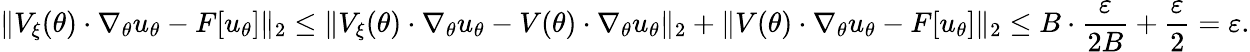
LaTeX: \| V_{\xi}(\theta)\cdot\nabla_{\theta}u_{\theta}-F[u_{\theta}]\| _{2}\le\| V_{\xi}(\theta)\cdot\nabla_{\theta}u_{\theta}-V(\theta)\cdot\nabla_{\theta}u_{\theta}\| _{2}+\| V(\theta)\cdot\nabla_{\theta}u_{\theta}-F[u_{\theta}]\| _{2}\le B\cdot\frac{\varepsilon}{2B}+\frac{\varepsilon}{2}=\varepsilon.